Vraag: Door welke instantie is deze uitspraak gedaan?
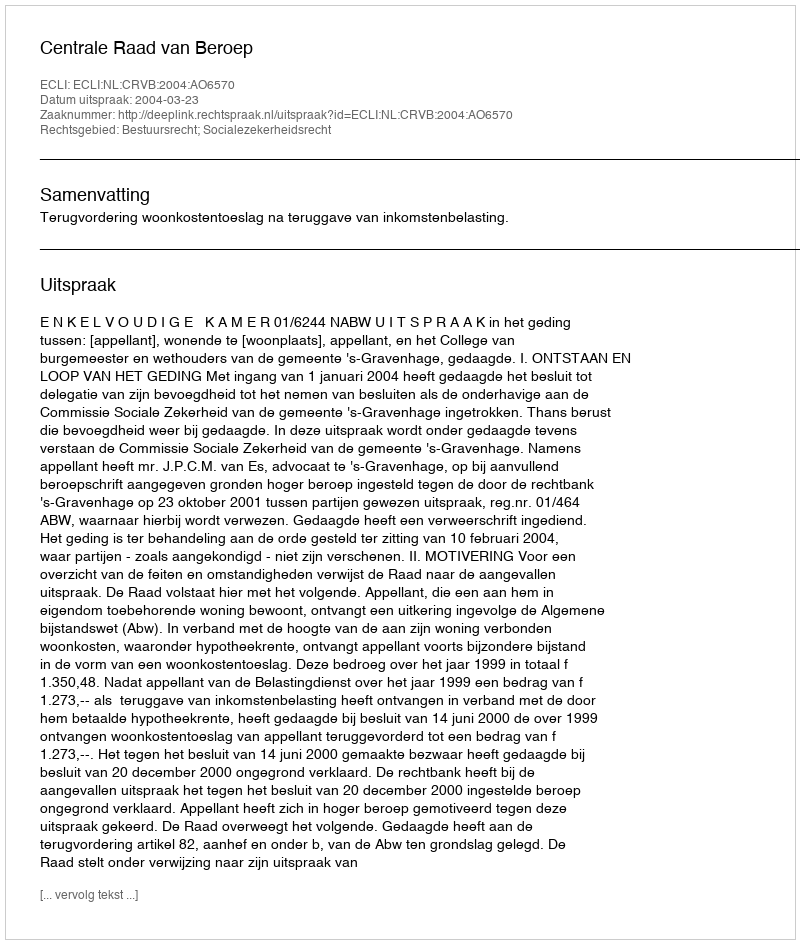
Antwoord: Centrale Raad van Beroep